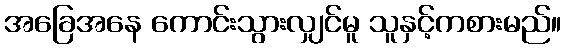
အခြေအနေ ကောင်းသွားလျှင်မူ သူနှင့်ကစားမည်။